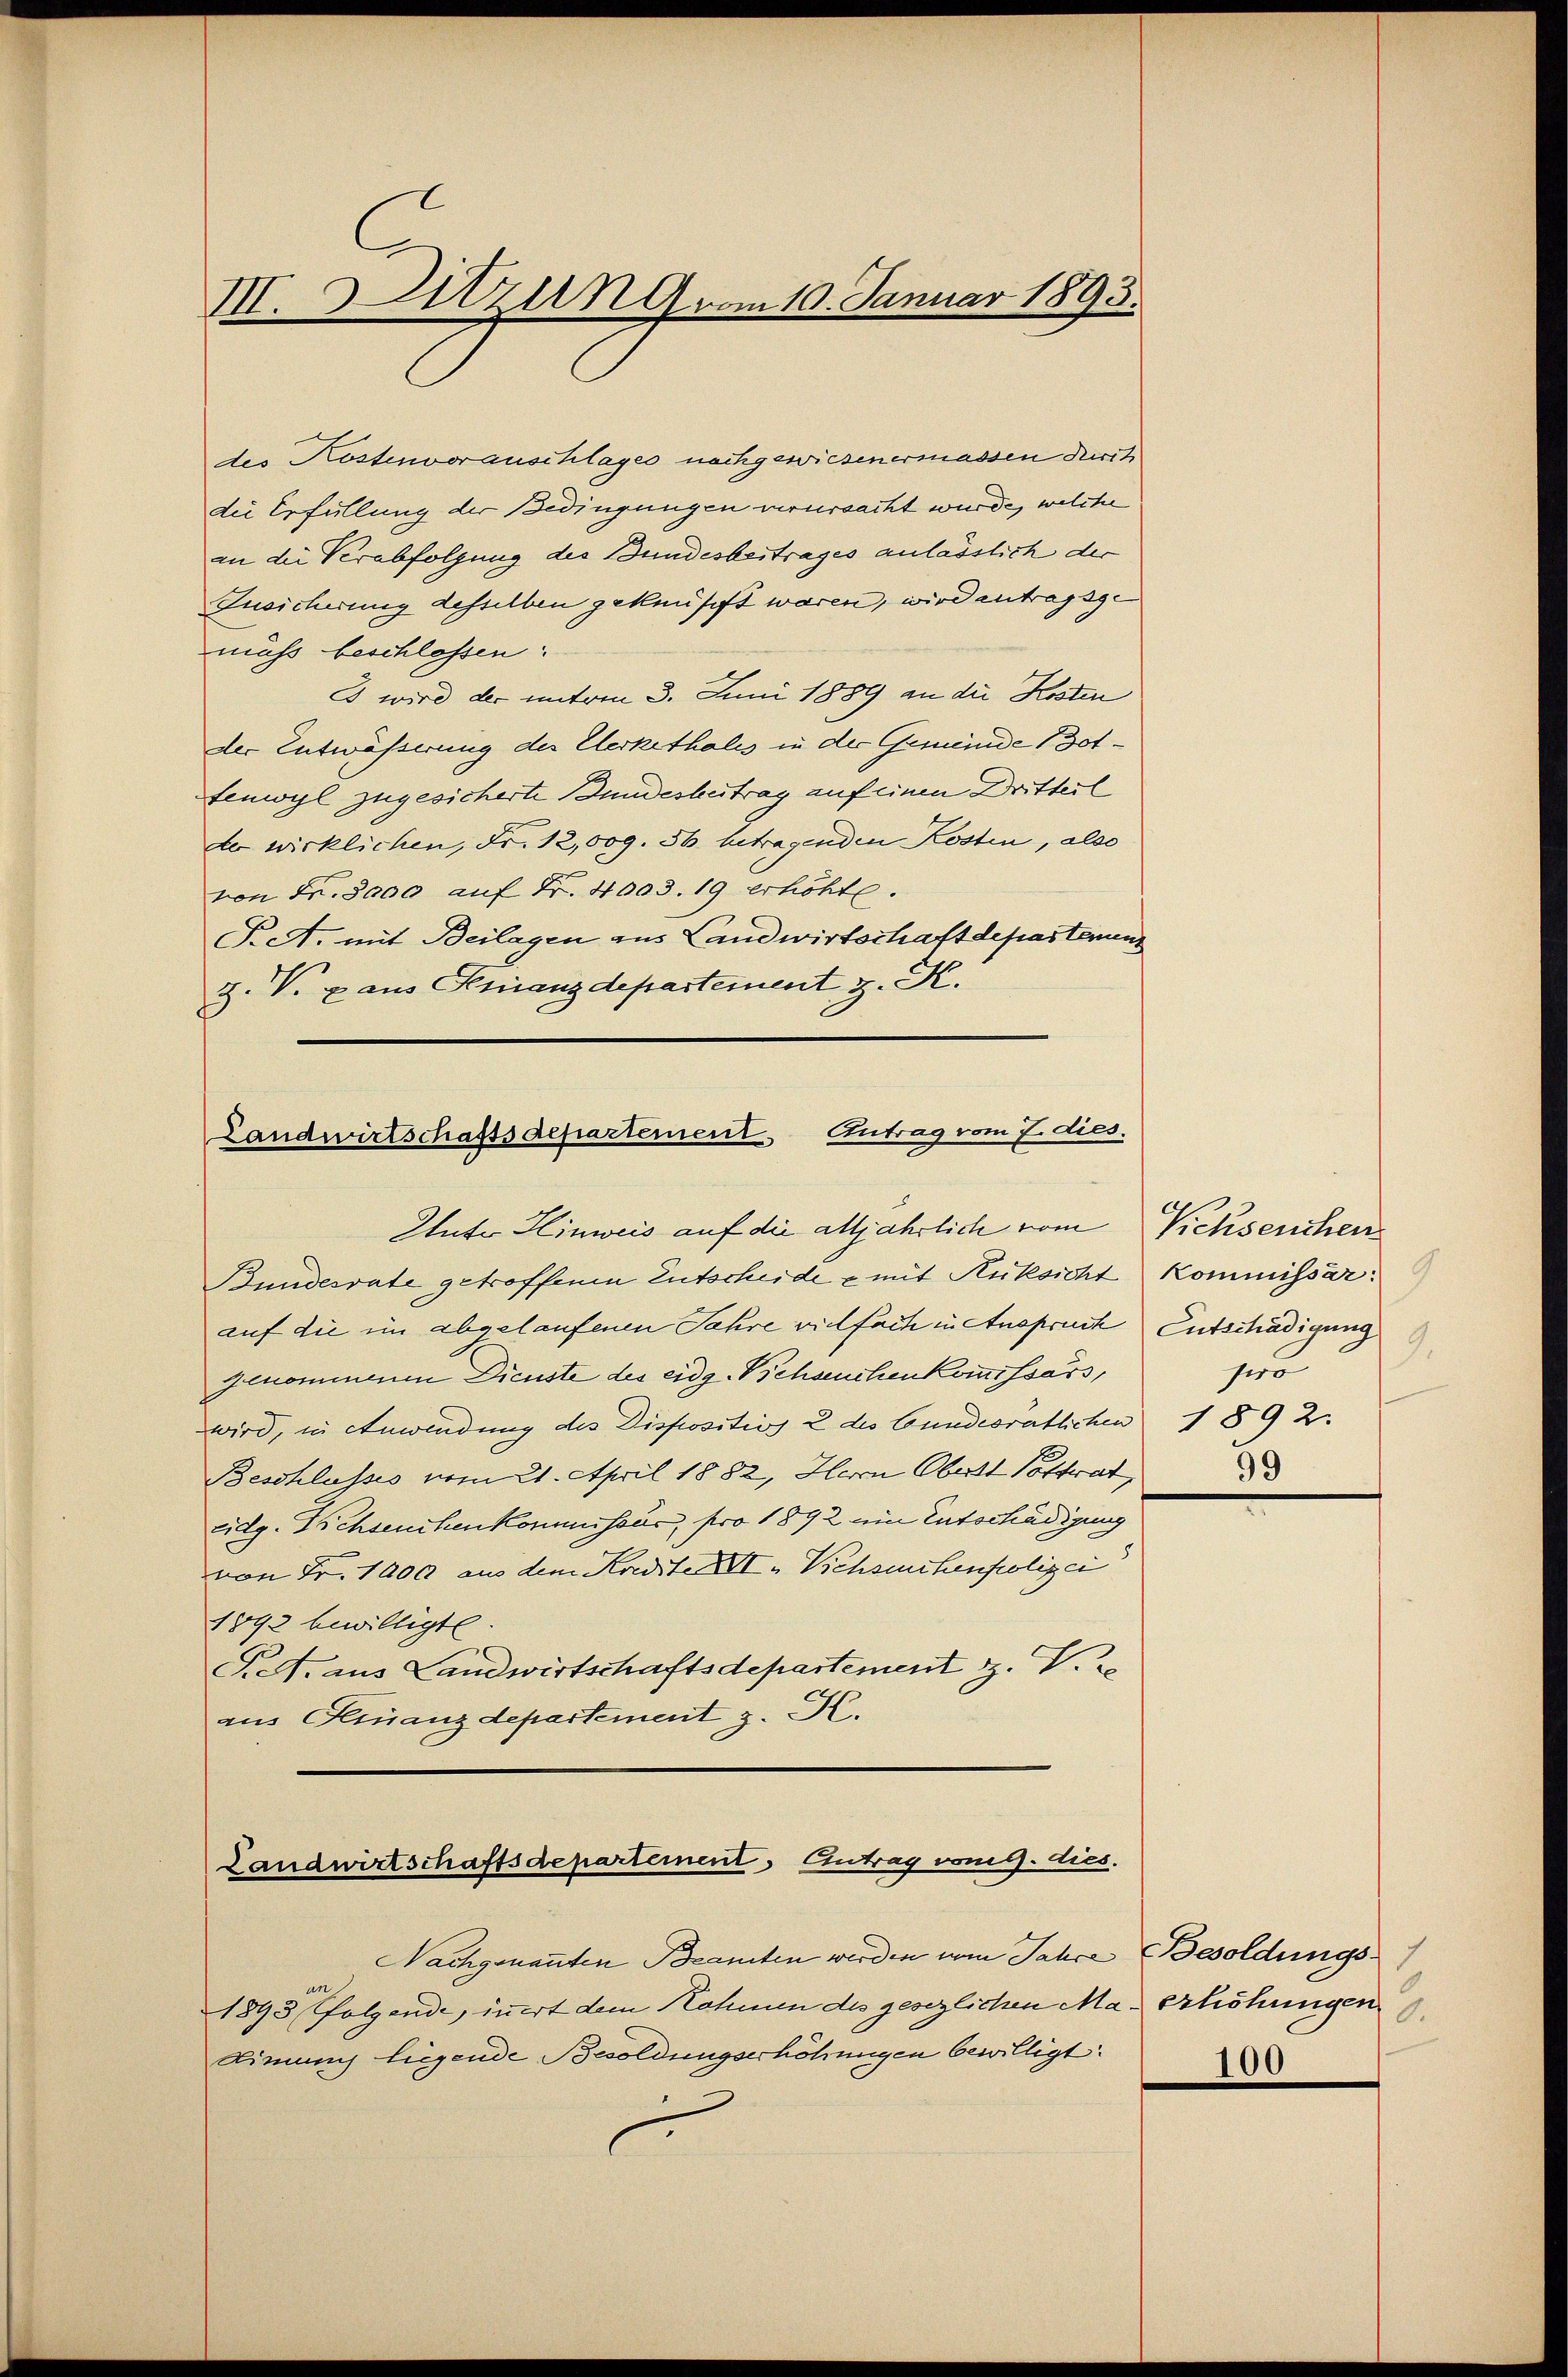
V. Sitzung vom 10. Januar 1893.

des Kostenvorauschlages nachgewiesenermassen durch
die Erfüllung der Bedingungen verursacht wurde, welche
an die Verabfolgung des Bundesbestrages anlässlich der
Iusicherung desselben geknüpft waren, wird antragsge
muss beschlossen:
3 wird der miteen 3. Juni 1889 an die Kosten
der Entwässerung der Elerkethales in der Gemeinde (Dotfenwyl zugesicherte Bundesbeitrag auf einen Dritteil
der wirklichen, Fr. 12,009. 56 betragenden Kosten, also
von Fr. 5000 auf Fr. 4003. 19 erhöhte.
T. A. mit Beilagen aus Landwirtschaft deposterenz
Z. V. aus Finanzdepartement z. K.

Landwirtschaftsdepartement Antrag vom 7. dies.
Autor Hinweis auf die alljährlich vom Viehseuchen

Bundesrate getroffenen Entscheide u mit Rüksicht Kommissär
auf die im abgelaufenen Jahre vielfach in Anspruch Entschädigung
genommenen Dienste des eidg. Pichseuchenkommissors,
wird, in Anwendung des Dispositio 2 des Bundesratlichen
Beschlusses vom 21. April 1882, Herrn Oberst Postrat,
Eidg. Siehseuchenkommissär, pro 1892 ein Entschädigung
von Fr. 1000 aus dem Kredite II. Viehseuchenpolizei
1892 bewilligte.
P.S. aus Landwirtschaftsdepartement z. V.
aus Finanzdepartement z. K.

Landwirtschaftsdepartement, Eintrag vom 9. dies.

Nachgenannten Beamten werden vom Jahre
1893 folgende, innert dem Nahmen des gesezlichen Ma
Dimen liegende Besoldungserhöhungen bewilligt:

9.
pro
1892.

99

Besoldungs
 Erhöhungen
.
100